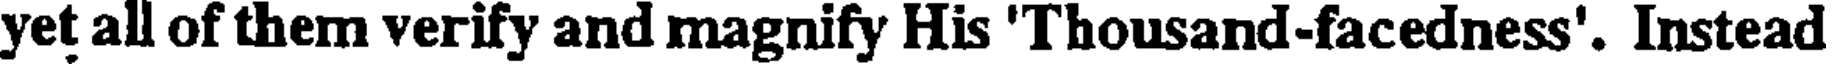
yet all of them verify and magnify His 'Thousand-facedness'. Instead